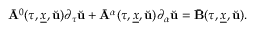
\bar { \mathbf { A } } ^ { 0 } ( \tau , \underline { { x } } , \breve { \mathbf { u } } ) \partial _ { \tau } \breve { \mathbf { u } } + \bar { \mathbf { A } } ^ { \alpha } ( \tau , \underline { { x } } , \breve { \mathbf { u } } ) \partial _ { \alpha } \breve { \mathbf { u } } = \bar { \mathbf { B } } ( \tau , \underline { { x } } , \breve { \mathbf { u } } ) .